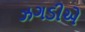
ઝગડીએ